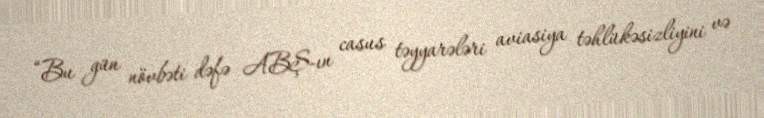
“Bu gün növbəti dəfə ABŞ-ın casus təyyarələri aviasiya təhlükəsizliyini və